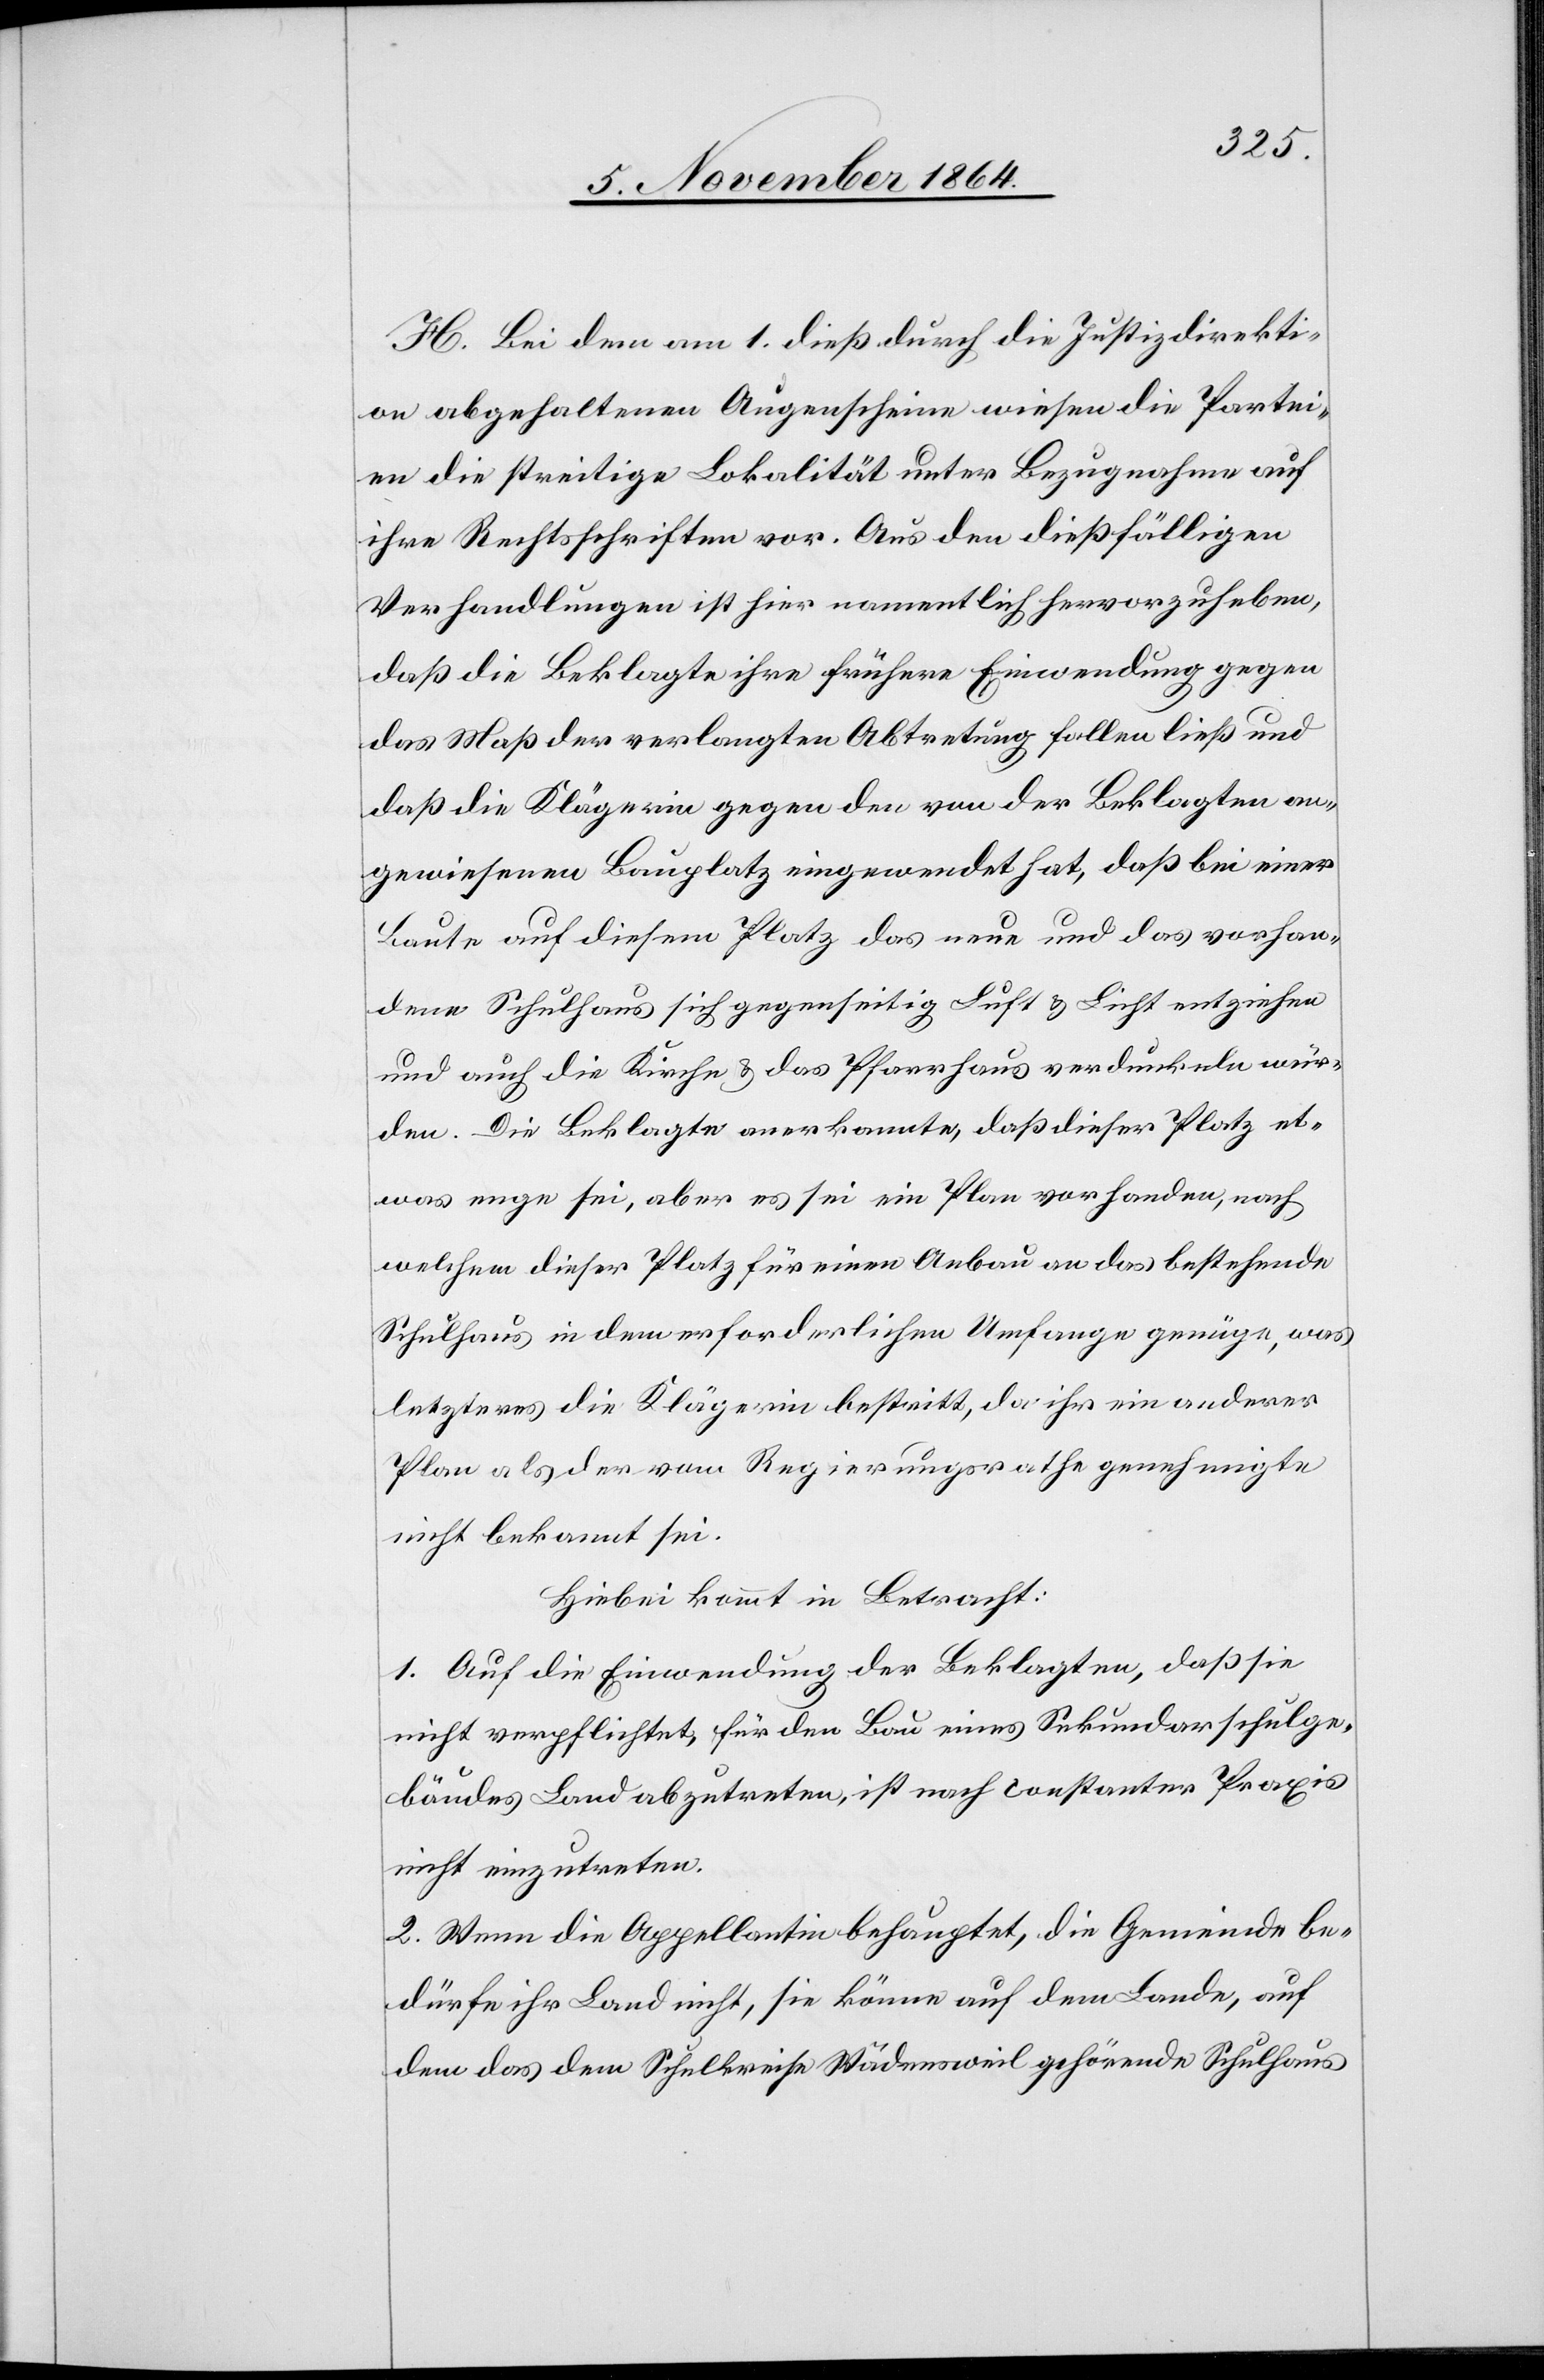
H. Bei dem am 1. dieß durch die Justizdirekti¬
on abgehaltenen Augenscheine wiesen die Partei¬
en die streitige Lokalität unter Bezugnahme auf
ihre Rechtsschriften vor. Aus den dießfälligen
Verhandlungen ist hier namentlich hervorzuheben,
daß die Beklagte ihre frühere Einwendung gegen
das Maß der verlangten Abtretung fallen ließ und
daß die Klägerin gegen den von der Beklagten an¬
gewiesenen Bauplatz eingewendet hat, daß bei einer
Baute auf diesem Platz das neue und das vorhan¬
dene Schulhaus sich gegenseitig Luft & Licht entziehen
und auch die Kirche & das Pfarrhaus verdunkeln wür¬
den. Die Beklagte anerkannte, daß dieser Platz et¬
was enge sei, aber es sei ein Plan vorhanden, nach
welchem dieser Platz für einen Anbau an das bestehende
Schulhaus in dem erforderlichen Umfange genüge, was
letzteres die Klägerin bestritt, da ihr ein anderer
Plan als der vom Regierungsrathe genehmigte
nicht bekannt sei.
Hiebei kommt in Betracht:
1. Auf die Einwendung der Beklagten, daß sie
nicht verpflichtet [sei], für den Bau eines Sekundarschulge¬
bäudes Land abzutreten, ist nach constanter Praxis
nicht einzutreten.
2. Wenn die Appellantin behauptet, die Gemeinde be¬
dürfe ihr Land nicht, sie könne auf dem Lande, auf
dem das dem Schulkreise Wädensweil gehörende Schulhaus